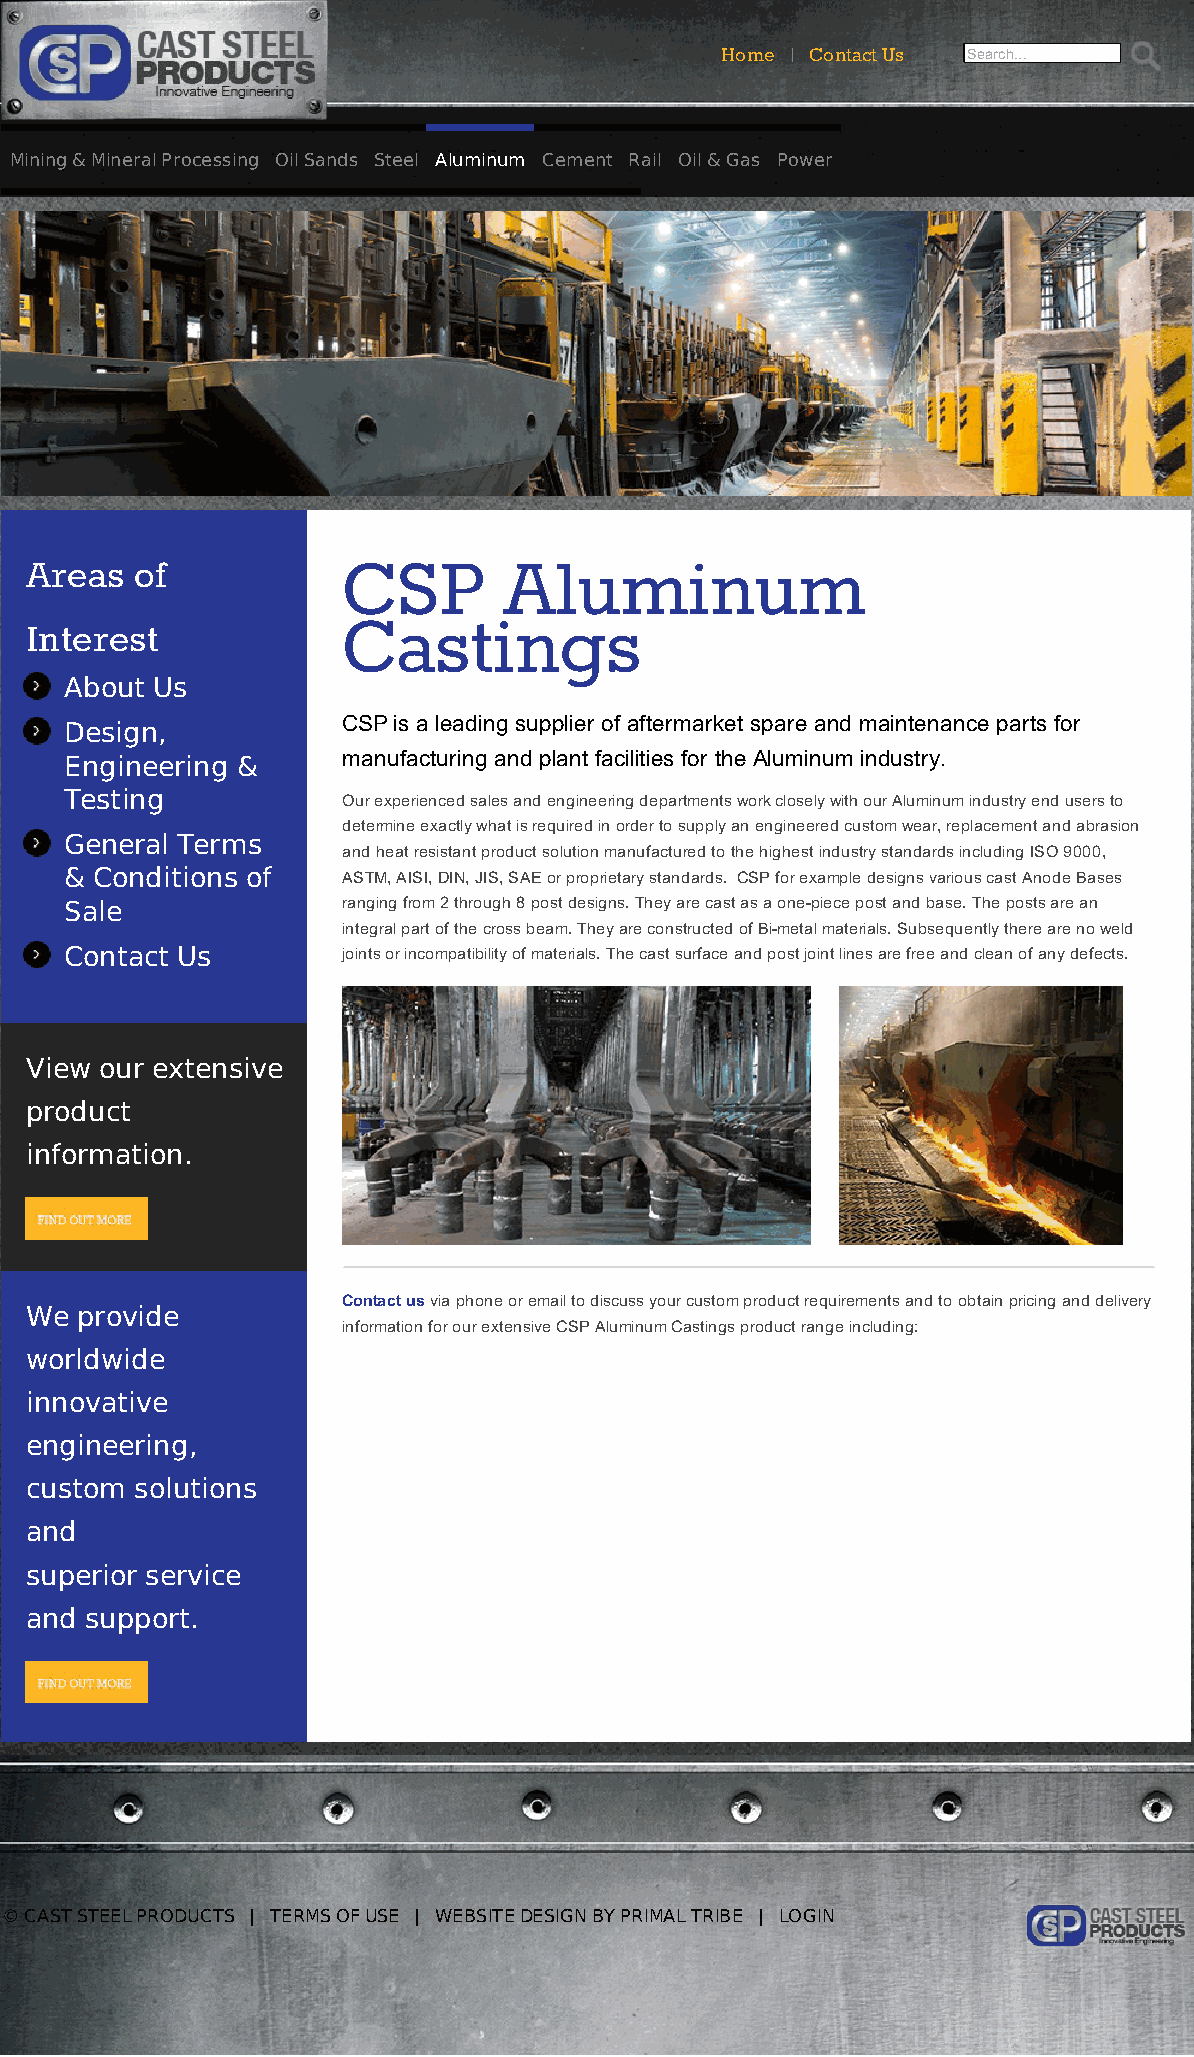
Home | Contact Us Search...
 Mining & Mineral Processing Oil Sands Steel Aluminum Cement Rail Oil & Gas Power
 Ground Engaging & Heavy Equipment Crushing Smelters Products
 Areas  of            CSP       Aluminum
 Castings
 Interest
 About Us
 CSP is a leading supplier of aftermarket spare and maintenance parts for
 Design,
 manufacturing and plant facilities for the Aluminum industry.
 Engineering &
 Testing            Our experienced sales and engineering departments work closely with our Aluminum industry end users to
 determine exactly what is required in order to supply an engineered custom wear, replacement and abrasion
 General Terms
 and heat resistant product solution manufactured to the highest industry standards including ISO 9000,
 & Conditions of    ASTM, AISI, DIN, JIS, SAE or proprietary standards. CSP for example designs various cast Anode Bases
 Sale               ranging from 2 through 8 post designs. They are cast as a one-piece post and base. The posts are an
 integral part of the cross beam. They are constructed of Bi-metal materials. Subsequently there are no weld
 Contact Us         joints or incompatibility of materials. The cast surface and post joint lines are free and clean of any defects.
 View our extensive
 product
 information.
 Contact us via phone or email to discuss your custom product requirements and to obtain pricing and delivery
 We provide
 information for our extensive CSP Aluminum Castings product range including:
 worldwide
 innovative
 engineering,
 custom solutions
 and
 superior service
 and support.
 © CAST STEEL PRODUCTS | TERMS OF USE | WEBSITE DESIGN BY PRIMAL TRIBE | LOGIN